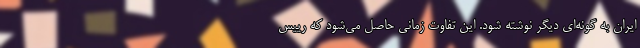
ایران به گونه‌ای دیگر نوشته شود. این تفاوت زمانی حاصل می‌شود که رییس